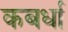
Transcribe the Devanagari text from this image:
कबर्धा